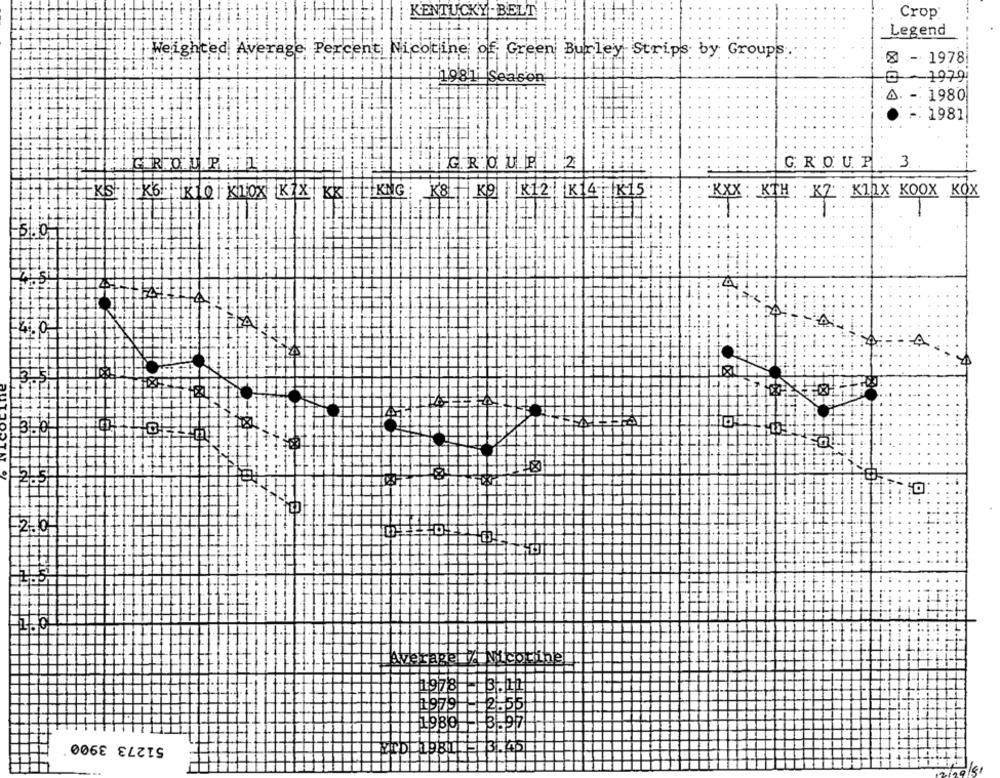
KENTUCKY -BELT
Crop
Legend
Weighted Average Percent Nicotine of Green Burley Strips by Groups
8 - 1978
- 1979
1981 Season
A. -. 1980
F: 1981
LG ROUPA
C. R .O. U.P
:. 3
XXX: KTH: K7 K1 1X KOOX KOX
14
A
O Hotel
2.0
tir
veragel / Micotibe
51273 3900